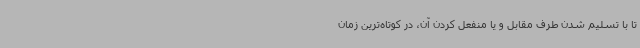
تا با تسلیم‌ شدن طرف مقابل و یا منفعل‌ کردن آن، در کوتاه‌ترین زمان